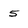
Character: 5